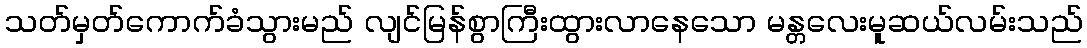
သတ်မှတ်ကောက်ခံသွားမည် လျင်မြန်စွာကြီးထွားလာနေသော မန္တလေးမူဆယ်လမ်းသည်